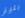
بليز